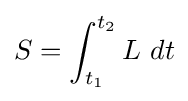
S=\int _{t_{1}}^{t_{2}}L\ dt